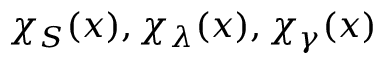
\chi _ { S } ( x ) , \chi _ { \lambda } ( x ) , \chi _ { \gamma } ( x )